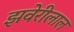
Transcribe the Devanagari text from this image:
झवेरीलाल